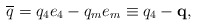
\begin{align*}\overline{q}=q_4e_4-q_me_m\equiv q_4-\mathbf{q}, \end{align*}